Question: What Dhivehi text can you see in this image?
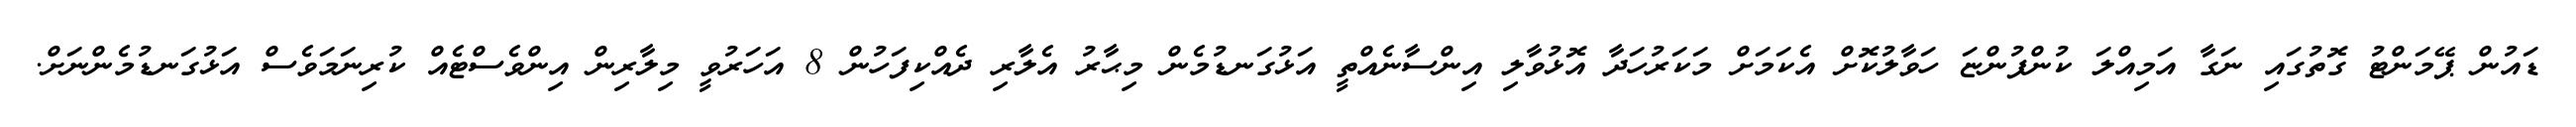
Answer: ޑައުން ޕޭމަންޓު ގޮތުގައި ނަގާ އަމިއްލަ ކުންފުންޏަ ހަވާލުކޮށް އެކަމަށް މަކަރުހަދާ އޮޅުވާލި އިންސާނެއްތީ އަޅުގަނޑުމެން މިޙާރު އެލާރި ދެއްކިފަހުން 8 އަހަރުވީ މިލާރިން އިންވެސްޓެއް ކުރިނަމަވެސް އަޅުގަނޑުމެންނަށް.